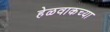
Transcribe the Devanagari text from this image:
हेळवाकच्या